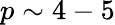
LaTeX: p\sim 4-5